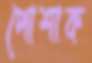
পোশাক